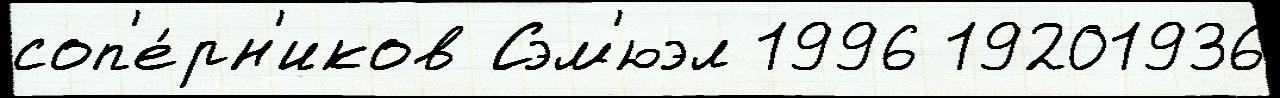
соп'е́рн'иков Сэм'юэл 1996 19201936